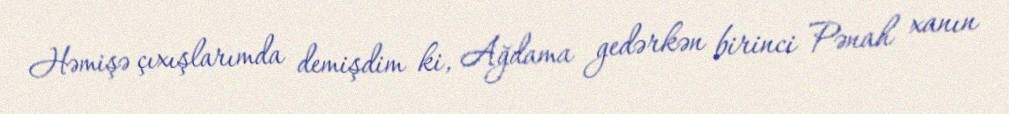
Həmişə çıxışlarımda demişdim ki, Ağdama gedərkən birinci Pənah xanın